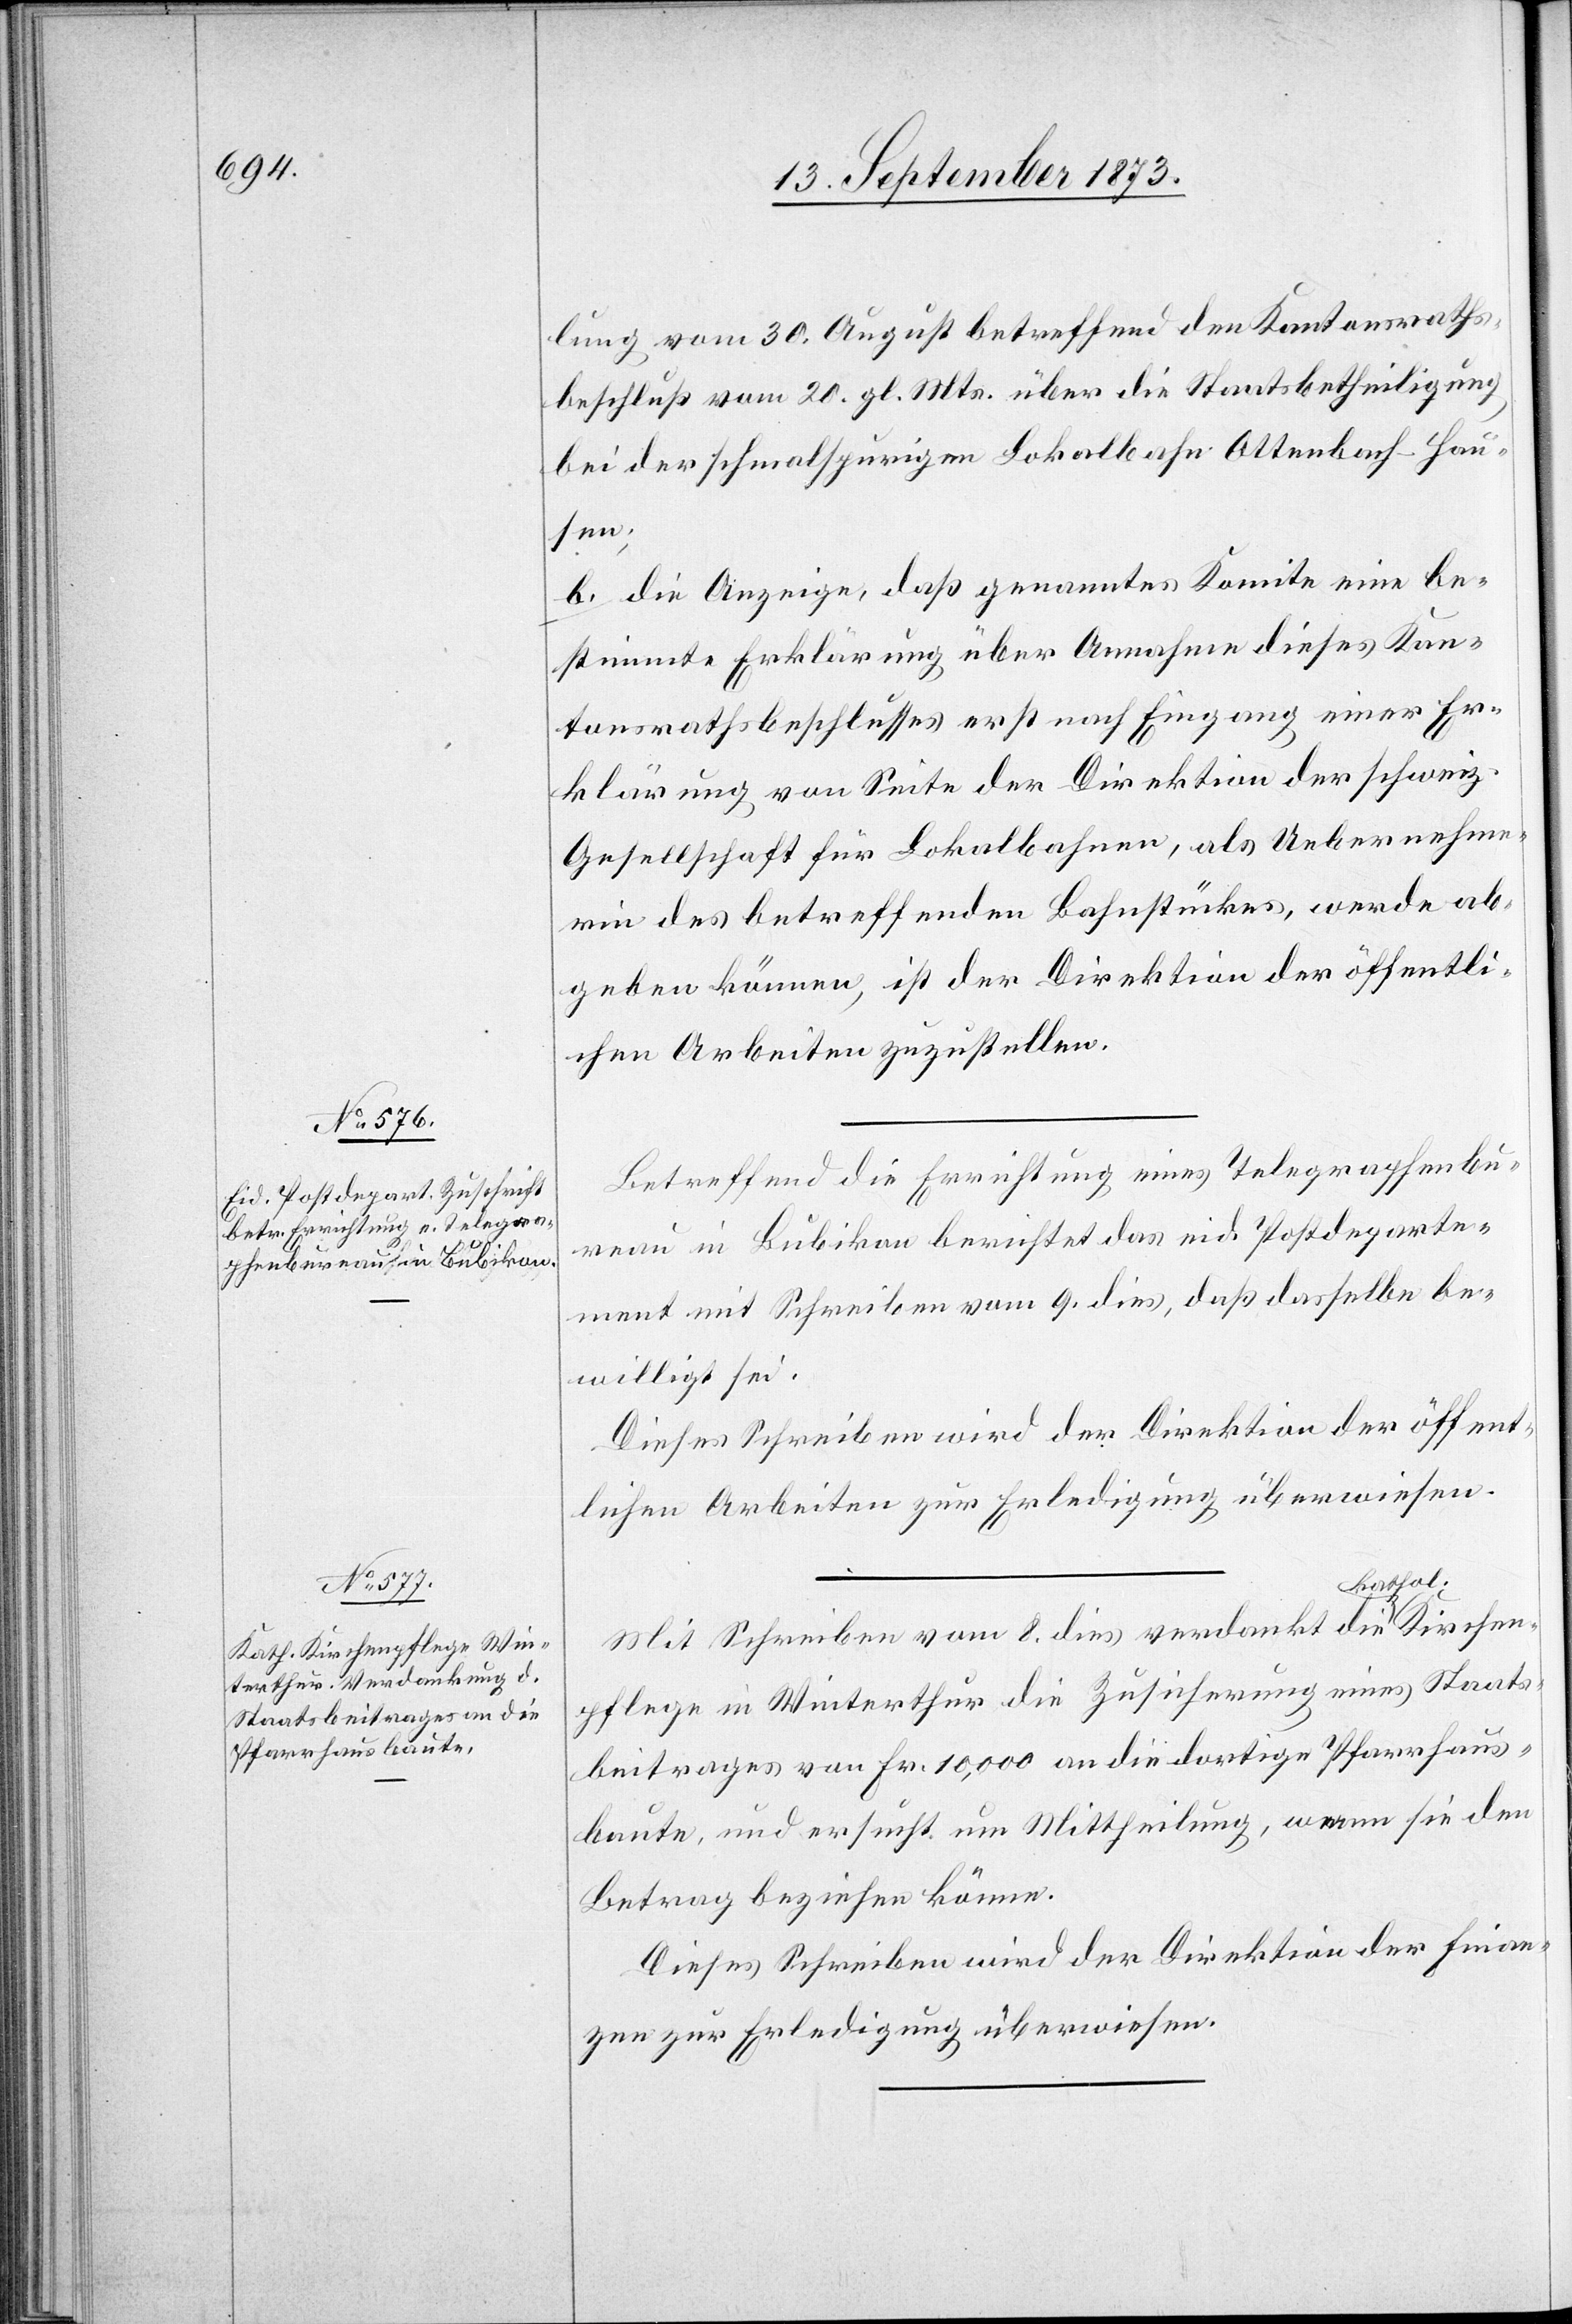
lung vom 30. August betreffend den Kantonsraths¬
beschluß vom 20. gl. Mts. über die Staatsbetheiligung
bei der schmalspurigen Lokalbahn Ottenbach-Hau¬
hen¬
b. die Anzeige, daß genanntes Komitee eine be¬
stimmte Erklärung über Annahme dieses Kan¬
tonsrathsbeschlusses erst nach Eingang einer Er¬
klärung von Seite der Direktion der schweiz.
Gesellschaft für Lokalbahnen, als Uebernehme¬
rin des betreffenden Bahnstückes, werde ab¬
geben können, ist der Direktion der öffentli¬
chen Arbeiten zuzustellen.
Betreffend die Errichtung eines Telegraphenbu¬
reau in Bubikon berichtet das eid. Postdeparte¬
ment mit Schreiben vom 9. dies, daß dasselbe be¬
willigt sei.
Dieses Schreiben wird der Direktion der öffent¬
lichen Arbeiten zur Erledigung überwiesen.
Mit Schreiben vom 8. dies verdankt die kathol.
pflege in Winterthur die Zusicherung eines Staats¬
beitrages von Fr. 10,000 an die dortige Pfarrhaus¬
baute, und ersucht um Mittheilung, wann sie den
Betrag beziehen könne.
Dieses Schreiben wird der Direktion der Finan¬
zen zur Erledigung überwiesen.